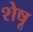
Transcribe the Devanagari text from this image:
शेषू